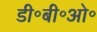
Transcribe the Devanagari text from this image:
डी॰बी॰ओ॰